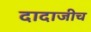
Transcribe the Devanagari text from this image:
दादाजीच